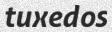
tuxedos